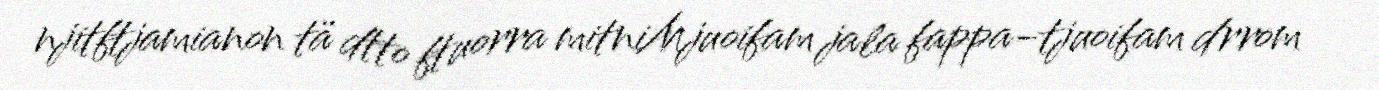
njitftjamianon tä dtto ftuorra mitniMjuoifam jala fappa-tjuoifam drrom